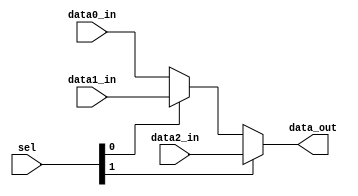
module MUX3_32bit(    
    data0_in,
    data1_in,
    data2_in,
    sel,
    data_out
);

input [31:0] data0_in, data1_in, data2_in;
input [1:0] sel;
output [31:0] data_out;

assign data_out = (sel[1]) ? data2_in : ((sel[0]) ? data1_in : data0_in);

endmodule